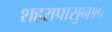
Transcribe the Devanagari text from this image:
शहरापासुन१५